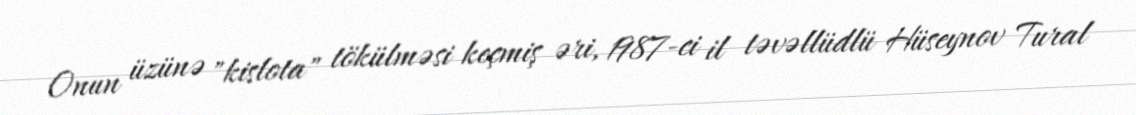
Onun üzünə "kislota" tökülməsi keçmiş əri, 1987-ci il təvəllüdlü Hüseynov Tural